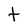
Character: t